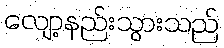
လျော့နည်းသွားသည်